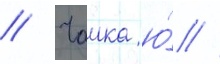
// Чаика ю́ //